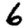
Digit: 6